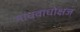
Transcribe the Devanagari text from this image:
माधवाधोक्षज